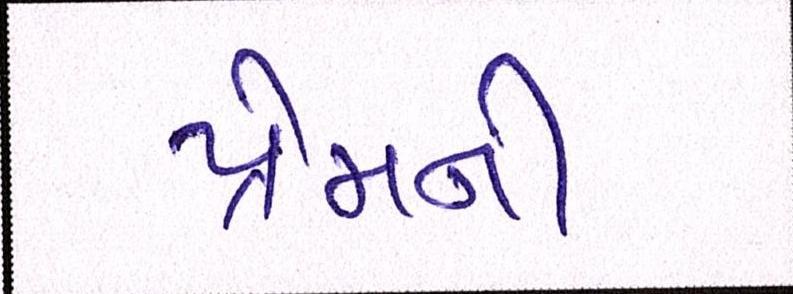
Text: પ્રેમની